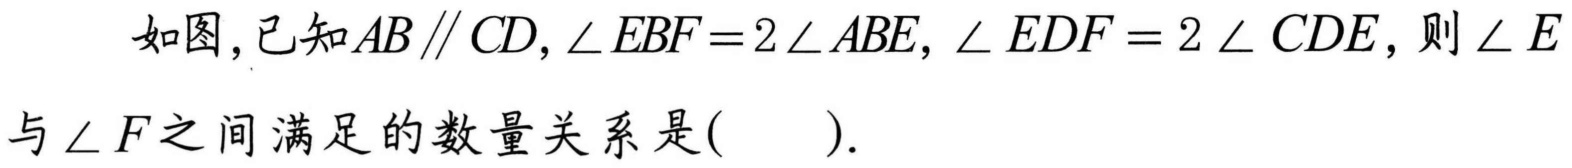
如图，已知\(AB\parallel CD,\angle EBF = 2\angle ABE,\angle EDF = 2\angle CDE\)，则\(\angle E\)与\(\angle F\)之间满足的数量关系是( ).